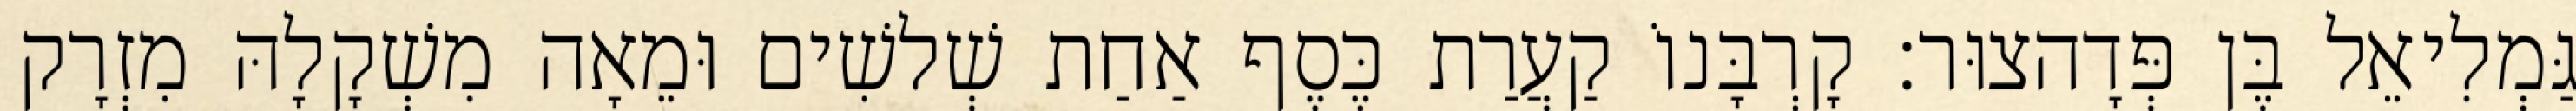
גַּמְלִיאֵל בֶּן פְּדָהצוּר׃ קָרְבָּנוֹ קַעֲרַת כֶּסֶף אַחַת שְׁלשִׁים וּמֵאָה מִשְׁקָלָהּ מִזְרָק